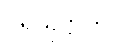
ပရိယုဋ္ဌာတိ